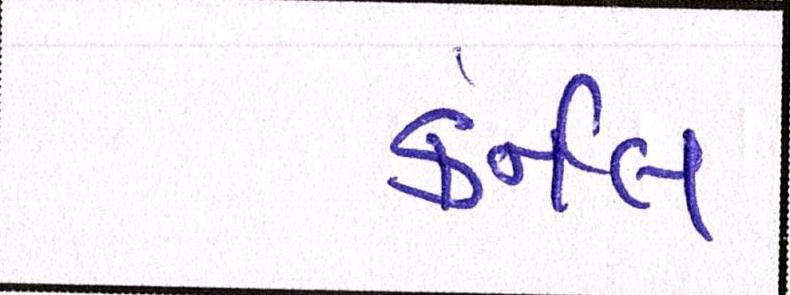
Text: કર્નલ